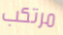
مرتكب